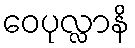
ဝေပုလ္လာနိ